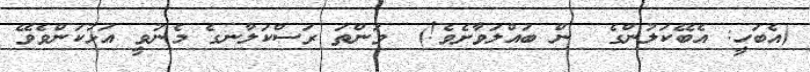
(އެބަހީ: އެބޭކަލުންގެ  ން ބައްލަވާށެވެ!)  ވަންތަ ރަސްކަލާނގެ މެނުވީ އަޅުކަންވެވޭ